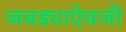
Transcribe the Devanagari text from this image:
जबड्याऐवजी